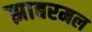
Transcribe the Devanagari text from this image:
झाबरमल